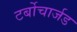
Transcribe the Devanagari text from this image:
टर्बोचार्जड